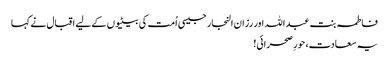
فاطمہ بنت عبد اللہ اور رزان النجار جیسی اُمت کی بیٹیوں کے لیے اقبال نے کہا
یہ سعادت، حورِ صحرائی!